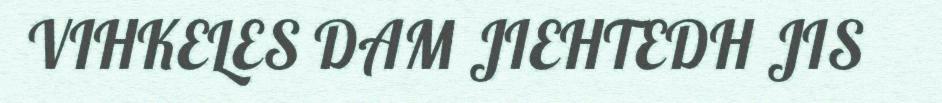
VIHKELES DAM JIEHTEDH JIS